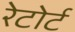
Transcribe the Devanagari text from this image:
रेटोर्ट